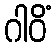
ဂါဝိံ